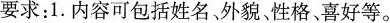
要求：1.内容可包括姓名，外貌、性格、喜好等。